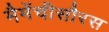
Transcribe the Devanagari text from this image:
मैमेंचीसौरस